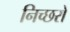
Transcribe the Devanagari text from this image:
निच्छरो